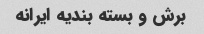
برش و بسته بندیه ایرانه